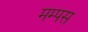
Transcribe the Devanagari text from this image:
मम्पस